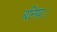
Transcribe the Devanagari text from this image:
बनिया।